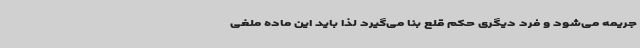
جریمه می‌شود و فرد دیگری حکم قلع بنا می‌گیرد لذا باید این ماده ملغی